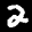
Label: 2